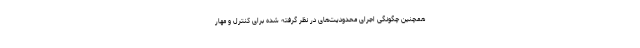
همچنین چگونگی اجرای محدودیت‌های در نظر گرفته شده برای کنترل و مهار